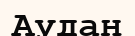
Аудан